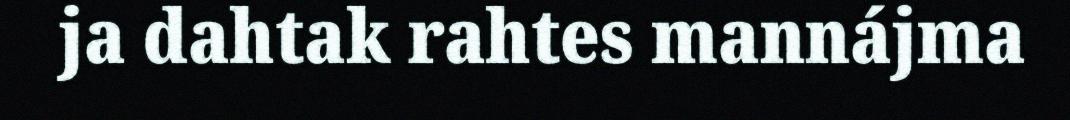
ja dahtak rahtes mannájma